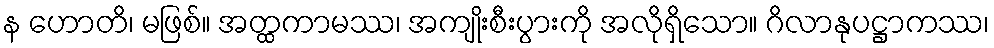
န ဟောတိ၊ မဖြစ်။ အတ္ထကာမဿ၊ အကျိုးစီးပွားကို အလိုရှိသော။ ဂိလာနုပဋ္ဌာကဿ၊